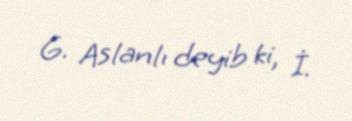
G. Aslanlı deyib ki, İ.